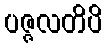
ပဇ္ဇလတိပိ